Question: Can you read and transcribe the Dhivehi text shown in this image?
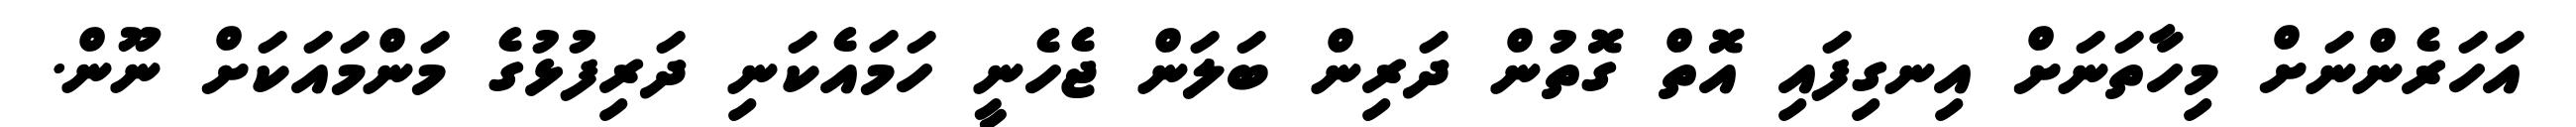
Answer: އަހަރެންނަށް މިހާތަނަށް އިނގިފައި އޮތް ގޮތުން ދަރިން ބަލަން ޖެހެނީ ހަމައެކަނި ދަރިފުޅުގެ މަންމައަކަށް ނޫން.